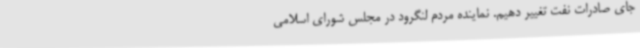
جای صادرات نفت تغییر دهیم. نماینده مردم لنگرود در مجلس شورای اسلامی